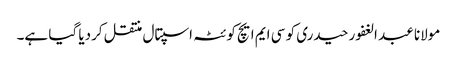
مولانا عبد الغفور حیدری کو سی ایم ایچ کوئٹہ اسپتال منتقل کردیا گیا ہے۔